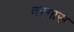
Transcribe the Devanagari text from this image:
वरगास